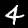
Digit: 4